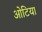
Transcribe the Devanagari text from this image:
ओटिया